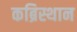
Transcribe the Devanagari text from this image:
कब्रिस्थान